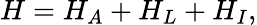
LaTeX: H=H_{A}+H_{L}+H_{I},